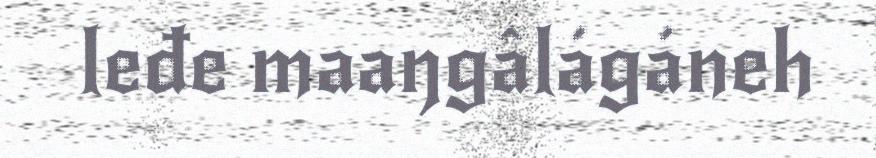
leđe maaŋgâlágáneh